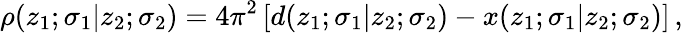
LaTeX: \rho(z_{1};\sigma_{1}|z_{2};\sigma_{2})=4\pi^{2}\left[d(z_{1};\sigma_{1}|z_{2};\sigma_{2})-x(z_{1};\sigma_{1}|z_{2};\sigma_{2})\right]\, ,